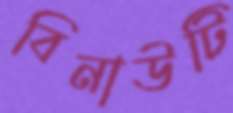
বিনাউটি